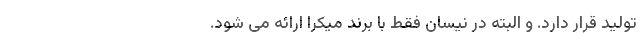
تولید قرار دارد. و البته در نیسان فقط با برند میکرا ارائه می شود.